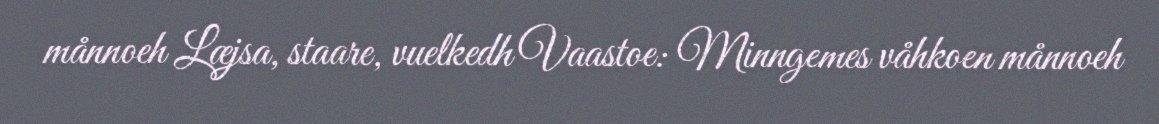
månnoeh Læjsa, staare, vuelkedh Vaastoe: Minngemes våhkoen månnoeh